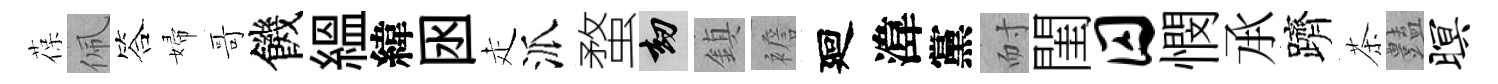
葆佩答婦哥饑緼緯囦走派蝥劫鎮襜廻湋黨耐閨囚憫𠄘躋茶𧰟暝